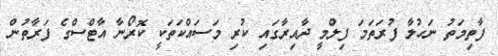
ފާތިމަތު ނަހުލާ ފުރަތަމަ ފިލްމީ ދާއިރާގައި ކުރި މަސައްކަތަކީ ކޮރޯނާ އާޓްސްގެ ފަރާތުން